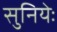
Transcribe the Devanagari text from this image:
सुनियेः